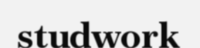
studwork